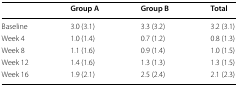
<table><thead><tr><td></td><td><b>Group A</b></td><td><b>Group B</b></td><td><b>Total</b></td></tr></thead><tbody><tr><td>Baseline</td><td>3.0 (3.1)</td><td>3.3 (3.2)</td><td>3.2 (3.1)</td></tr><tr><td>Week 4</td><td>1.0 (1.4)</td><td>0.7 (1.2)</td><td>0.8 (1.3)</td></tr><tr><td>Week 8</td><td>1.1 (1.6)</td><td>0.9 (1.4)</td><td>1.0 (1.5)</td></tr><tr><td>Week 12</td><td>1.4 (1.6)</td><td>1.3 (1.3)</td><td>1.3 (1.5)</td></tr><tr><td>Week 16</td><td>1.9 (2.1)</td><td>2.5 (2.4)</td><td>2.1 (2.3)</td></tr></tbody></table>